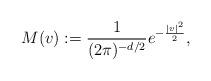
LaTeX: \begin{align*} M (v) : = \frac{1}{(2 \pi )^ {-d/2}} e^{-\frac{|v|^2}{2}},\end{align*}